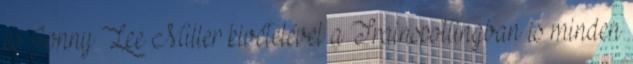
és Jonny Lee Miller kivételével a Trainspottingban is minden